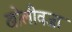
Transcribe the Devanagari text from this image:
खोलीवजा